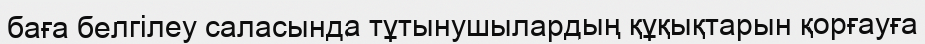
баға белгілеу саласында тұтынушылардың құқықтарын қорғауға